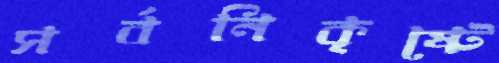
সর্বনিকৃষ্টে